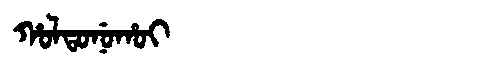
Manchu: ᡥᠣᠯᡨᠣᠨᡠᡥᠣᡳ
Romanization: HOLTONUHOI